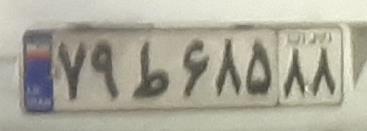
۷۹ط۶۸۵۸۸